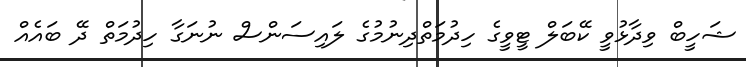
ޝަހީބް ވިދާޅުވީ ކޭބަލް ޓީވީގެ ހިދުމަތްދިނުމުގެ ލައިސަންސް ނުނަގާ ހިދުމަތް ދޭ ބައެއް